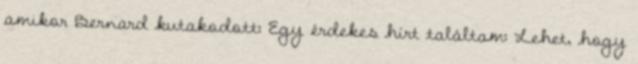
amikor Bernard kutakodott: Egy érdekes hírt találtam: Lehet, hogy